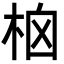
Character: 㭡